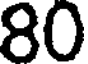
80